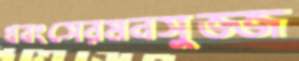
ধবংসেরমনসুজ্জ